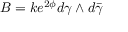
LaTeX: B = k e ^ { 2 \phi } d \gamma \wedge d \bar { \gamma }